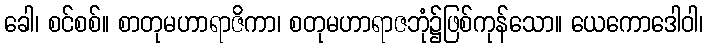
ခေါ၊ စင်စစ်။ စာတုမဟာရာဇိကာ၊ စတုမဟာရာဇဘုံ၌ဖြစ်ကုန်သော။ ယေကောဒေါဝါ၊